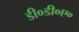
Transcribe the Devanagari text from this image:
डी०डी०ए०